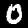
Label: 0